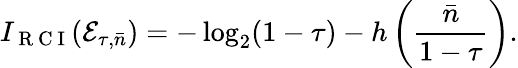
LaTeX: I_{\mathrm{~R~C~I~}}(\mathcal{E}_{\tau,\bar{n}})=-\log_{2}(1-\tau)-h\left(\frac{\bar{n}}{1-\tau}\right).